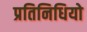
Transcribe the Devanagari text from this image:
प्रतिनिधियो